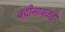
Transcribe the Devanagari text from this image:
बद्रीनाथकडे